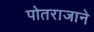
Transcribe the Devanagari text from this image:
पोतराजाने